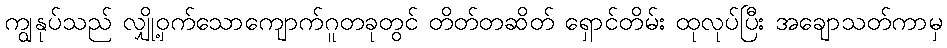
ကျွနုပ်သည် လျှို့ဝှက်သောကျောက်ဂူတခုတွင် တိတ်တဆိတ် ရှောင်တိမ်း ထုလုပ်ပြီး အချောသတ်ကာမှ